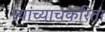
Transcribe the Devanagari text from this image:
त्यांच्याचकरिता